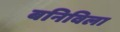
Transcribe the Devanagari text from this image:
बनिविला